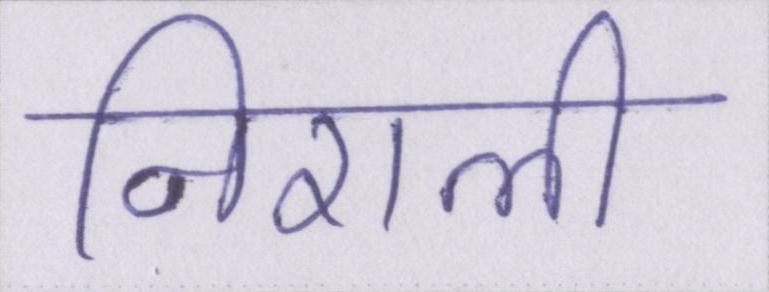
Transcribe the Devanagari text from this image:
निराली